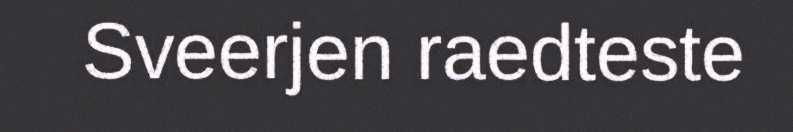
Sveerjen raedteste